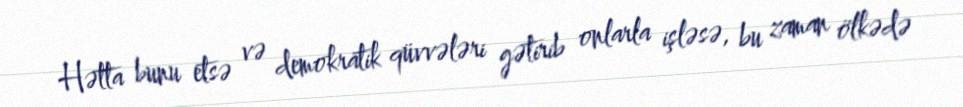
Hətta bunu etsə və demokratik qüvvələri gətirib onlarla işləsə, bu zaman ölkədə